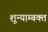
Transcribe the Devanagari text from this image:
शून्याम्बक्त